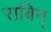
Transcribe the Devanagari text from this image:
राबिन्‌